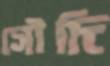
সৌদি